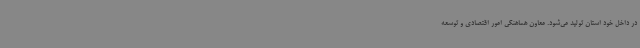
در داخل خود استان تولید می‌شود. معاون هماهنگی امور اقتصادی و توسعه